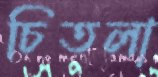
চিতলা